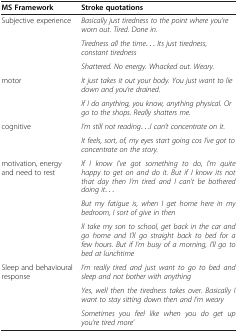
<table><thead><tr><td><b>MS Framework</b></td><td><b>Stroke quotations</b></td></tr></thead><tbody><tr><td rowspan="3">Subjective experience</td><td><i>Basically just tiredness to the point where you’re worn out. Tired. Done in.</i></td></tr><tr><td><i>Tiredness all the time... Its just tiredness, constant tiredness</i></td></tr><tr><td><i>Shattered. No energy. Whacked out. Weary.</i></td></tr><tr><td rowspan="2">motor</td><td><i>It just takes it out your body. You just want to lie down and you’re drained.</i></td></tr><tr><td><i>If I do anything, you know, anything physical. Or go to the shops. Really shatters me.</i></td></tr><tr><td rowspan="2">cognitive</td><td><i>I’m still not reading...I can’t concentrate on it.</i></td></tr><tr><td><i>It feels, sort, of, my eyes start going cos I’ve got to concentrate on the story.</i></td></tr><tr><td rowspan="3">motivation, energy and need to rest</td><td><i>If I know I’ve got something to do, I’m quite happy to get on and do it. But if I know its not that day then I’m tired and I can’t be bothered doing it...</i></td></tr><tr><td><i>But my fatigue is, when I get home here in my bedroom, I sort of give in then</i></td></tr><tr><td><i>ll take my son to school, get back in the car and go home and I’ll go straight back to bed for a few hours. But if I’m busy of a morning, I’ll go to bed at lunchtime</i></td></tr><tr><td>Sleep and behavioural response</td><td><i>I’m really tired and just want to go to bed and sleep and not bother with anything</i></td></tr><tr><td> </td><td><i>Yes, well then the tiredness takes over. Basically I want to stay sitting down then and I’m weary</i></td></tr><tr><td> </td><td><i>Sometimes you feel like when you do get up you’re tired more’</i></td></tr></tbody></table>